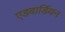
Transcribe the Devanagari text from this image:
एडवार्डियन